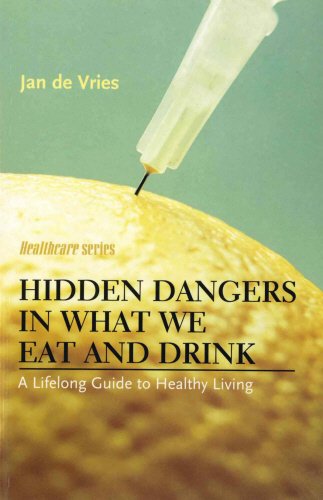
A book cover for Hidden Dangers in What We Eat and Drink: A Lifelong Guide to Healthy Living (Jan de Vries Healthcare); Jan de Vries; Health, Fitness & Dieting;